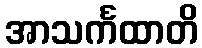
အာသင်္ကထာတိ